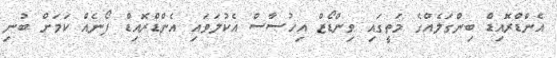
އެންޑްރޮއިޑް ބިންގަލެއްގެ މަތީގައި ވިންޑޯޒް އިިހުސާސް އެކުލަވައި އެންޑްރޮއިޑް ފޯނެއް ކަމަށް ބުނި